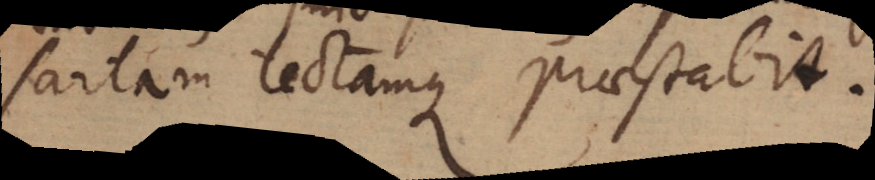
sartam tectamque praestabit.